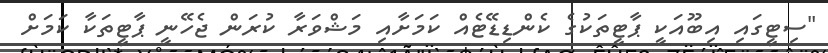
"ސިޓީގައި އިބޫއަކީ ޕާޓީތަކުގެ ކެންޑިޑޭޓެއް ކަމަށާއި މަޝްވަރާ ކުރަން ޖެހޭނީ ޕާޓީތަކާ ކަމަށް